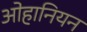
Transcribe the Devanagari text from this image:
ओहानियन